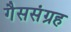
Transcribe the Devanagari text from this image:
गैससंग्रह